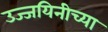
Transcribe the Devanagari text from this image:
उज्जयिनीच्या